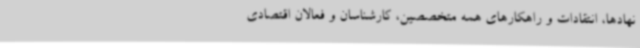
نهادها، انتقادات و راهکارهای همه متخصصین، کارشناسان و فعالان اقتصادی